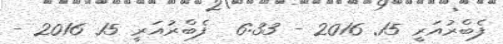
ފެބްރުއަރީ 15